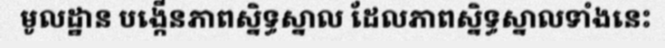
មូលដ្ឋាន បង្កើនភាពស្និទ្ធស្នាល ដែលភាពស្និទ្ធស្នាលទាំងនេះ